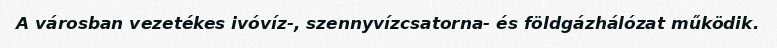
A városban vezetékes ivóvíz-, szennyvízcsatorna- és földgázhálózat működik.